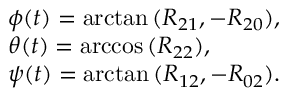
\begin{array} { l } { \phi ( t ) = \arctan { ( R _ { 2 1 } , - R _ { 2 0 } ) } , } \\ { \theta ( t ) = \operatorname { a r c c o s } { ( R _ { 2 2 } ) } , } \\ { \psi ( t ) = \arctan { ( R _ { 1 2 } , - R _ { 0 2 } ) } . } \end{array}